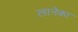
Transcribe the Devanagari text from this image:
लानेका